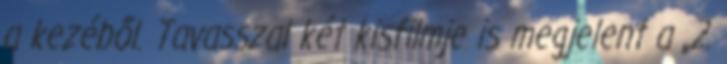
a kezéből. Tavasszal két kisfilmje is megjelent a „2.